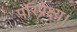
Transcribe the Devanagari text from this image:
परिप्रेक्ष्य।